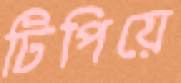
টিপিয়ে